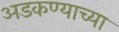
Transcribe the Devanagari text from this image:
अडकण्याच्या